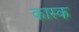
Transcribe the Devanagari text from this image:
कास्क